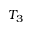
T _ { 3 }